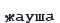
жауша